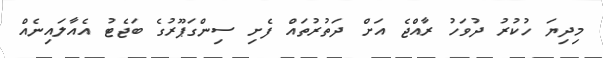
މިދިޔަ ހުކުރު ދުވަހު ރާއްޖެ އަށް ދަތުރުތައް ފެށި ސިންގަޕޫރުގެ ބަޖެޓު އެއާލައިނެއް